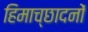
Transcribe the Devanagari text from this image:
हिमाच्छादनों